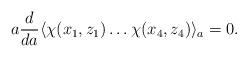
LaTeX: \begin{align*}a \frac{d}{da} \langle \chi(x_1,z_1) \ldots \chi(x_4,z_4) \rangle_{a} =0.\end{align*}